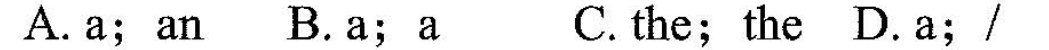
A. a;an B. a;a C.the;the D.a;/